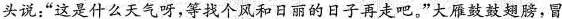
头说：”这是什么天气呀，等找个风和日丽的日子再走吧。”大雁鼓鼓翅膀，冒